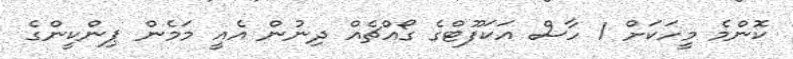
ކޮންމެ މީހަކަށް 1 ހާސް އަކަފޫޓްގެ ގޯއްޗެއް ދިނުން އެއީ މަމެން ޕިންކީންގެ